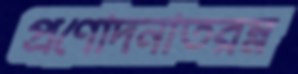
প্রণোদনাতরম্ন